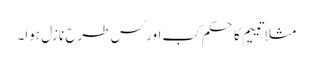
مثلاً تییم کا حکم کب اور کس طرح نازل ہوا۔